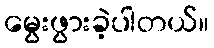
မွေးဖွားခဲ့ပါတယ်။